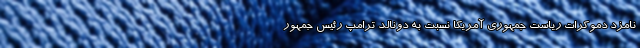
نامزد دموکرات ریاست جمهوری آمریکا نسبت به دونالد ترامپ رئیس جمهور